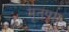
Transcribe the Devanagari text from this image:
मृतप्रय